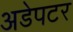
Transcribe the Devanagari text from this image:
अडेपटर